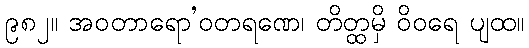
၉၈၂။ အဝတာရော’ဝတရဏေ၊ တိတ္ထမှိ ဝိဝရေ ပျထ။